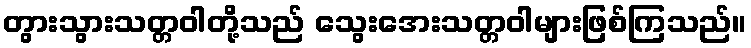
တွားသွားသတ္တဝါတို့သည် သွေးအေးသတ္တဝါများဖြစ်ကြသည်။